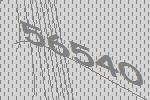
56540